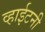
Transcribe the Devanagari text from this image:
व्हाईटनी